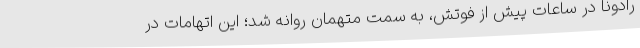
رادونا در ساعات پیش از فوتش، به سمت متهمان روانه شد؛ این اتهامات در